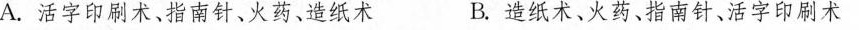
A.活字印刷术、指南针、火药、造纸术 B.造纸术、火药、指南针、活字印刷术